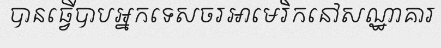
បានធ្វើបាបអ្នកទេសចរអាមេរិកនៅសណ្ឋាគារ